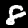
Digit: 8